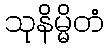
သုနိမ္မိတံ